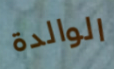
الوالدة